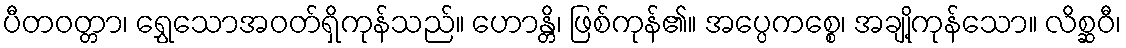
ပီတဝတ္တာ၊ ရွှေသောအဝတ်ရှိကုန်သည်။ ဟောန္တိ၊ ဖြစ်ကုန်၏။ အပ္ပေကစ္စေ၊ အချို့ကုန်သော။ လိစ္ဆဝီ၊